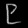
Digit: ၉